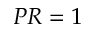
P R = 1